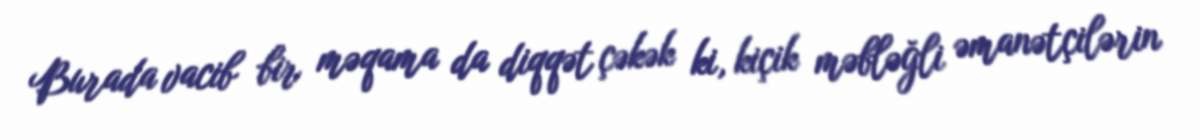
Burada vacib bir məqama da diqqət çəkək ki, kiçik məbləğli əmanətçilərin